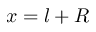
x = l + R